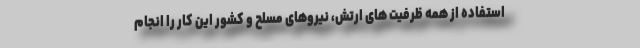
استفاده از همه ظرفیت های ارتش، نیروهای مسلح و کشور این کار را انجام